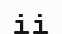
іі